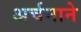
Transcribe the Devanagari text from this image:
अर्चनाने